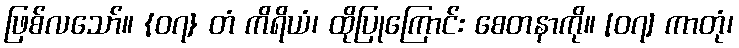
ဖြစ်လသော်။ {၀၇} တံ ကိရိယံ၊ ထိုပြုကြောင်း စေတနာကို။ [၀၇] ကာတုံ၊